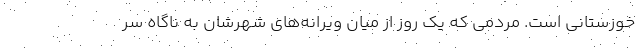
خوزستانی است. مردمی که یک روز از میان ویرانه‌های شهرشان به ناگاه سر